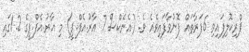
ޕްރިކޮލިފައިވި 6ފަރާތައް ފޮނުވާފައިވެއެ ވެ. (އެނެކްސް 7 އާރު.އެފް.ޕީ) މި އާރު.އެފް.ޕީގެ 1.2ގައި